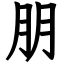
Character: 朋